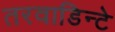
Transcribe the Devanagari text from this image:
तरवाडिन्टे